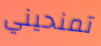
تمنحيني